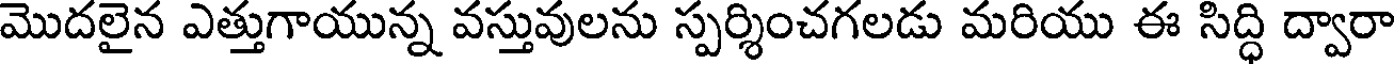
మొదలైన ఎత్తుగాయున్న వస్తువులను స్పర్శించగలడు మరియు ఈ సిద్ధి ద్వారా